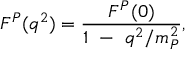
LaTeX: F ^ { P } ( q ^ { 2 } ) = \frac { F ^ { P } ( 0 ) } { 1 ~ - ~ q ^ { 2 } / m _ { P } ^ { 2 } } ,